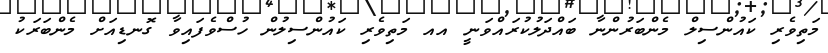
މަތިވެރި ކައުންސިލް މެންބަރުންނާ ބައްދަލުކުރައްވަނީ އއ މަތިވެރި ކައުންސިލުން ހުސްވެފައިވާ ގޮނޑިއަށް މެންބަރަކު